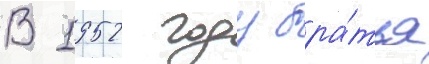
В 1952 году бра́тья